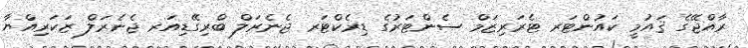
ރާއްޖޭގެ ޤައުމީ ކައުންޓަރ ޓެރަރިޒަމް ސެންޓަރުގެ ޑިރެކްޓަރ ޖެނެރަލް ބްރިގޭޑިއަރ ޖެނެރަލް ޒަކަރިއްޔާ